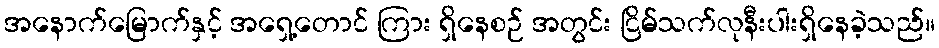
အနောက်မြောက်နှင့် အရှေ့တောင် ကြား ရှိနေစဉ် အတွင်း ငြိမ်သက်လုနီးပါးရှိနေခဲ့သည်။